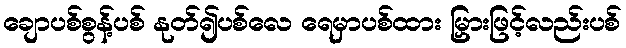
ချောပစ်စွန့်ပစ် နုတ်၍ပစ်လေ ရေမှာပစ်ထား မြှားဖြင့်လည်းပစ်